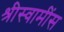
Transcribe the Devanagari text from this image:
श्रीस्वामींस